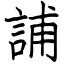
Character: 誧